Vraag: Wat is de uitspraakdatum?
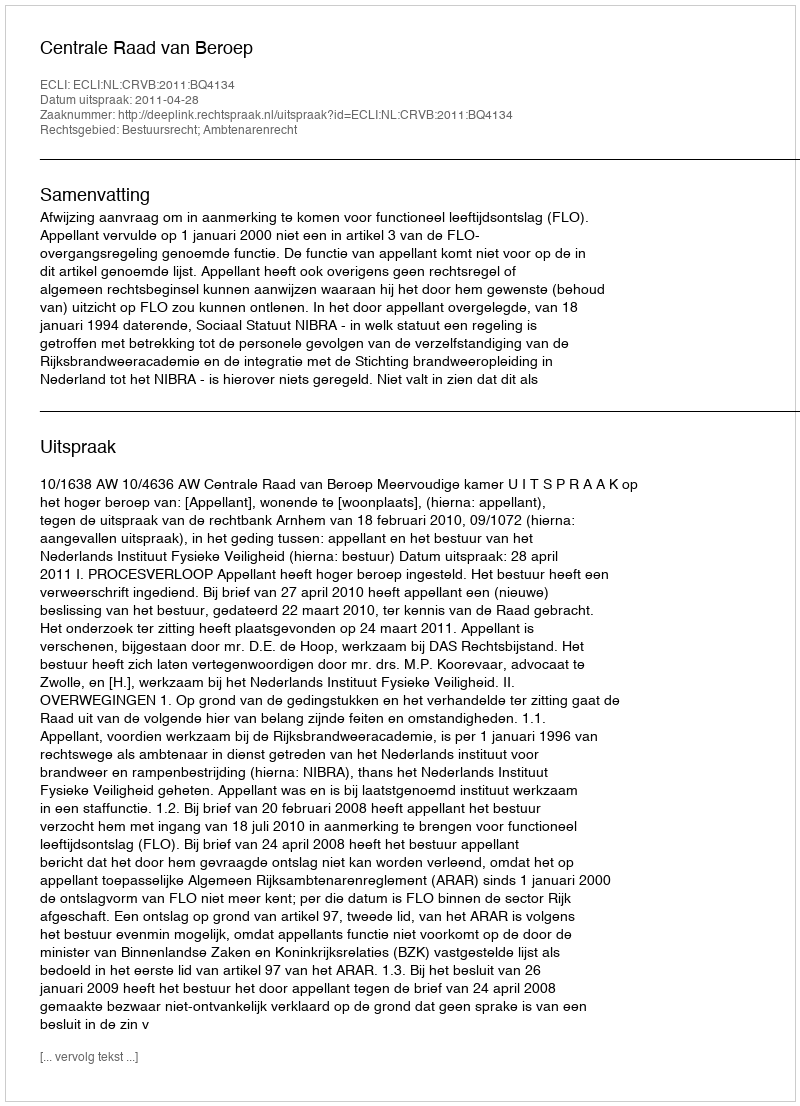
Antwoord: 2011-04-28